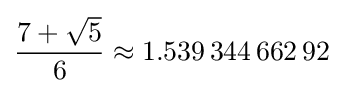
{\frac {7+{\sqrt {5}}}{6}}\approx 1.539\,344\,662\,92